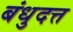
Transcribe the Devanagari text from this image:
बंधुदत्त